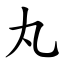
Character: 丸